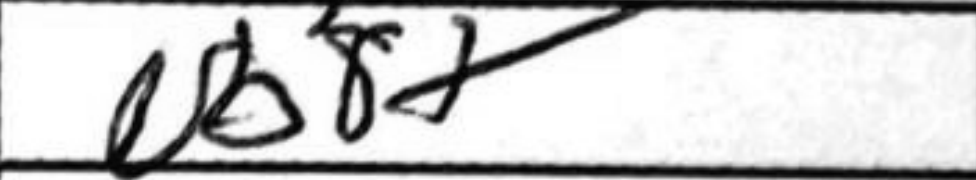
Transcription: Nb8+